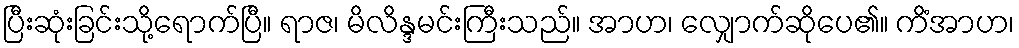
ပြီးဆုံးခြင်းသို့ရောက်ပြီ။ ရာဇ၊ မိလိန္ဒမင်းကြီးသည်။ အာဟ၊ လျှောက်ဆိုပေ၏။ ကိံအာဟ၊